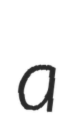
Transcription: a